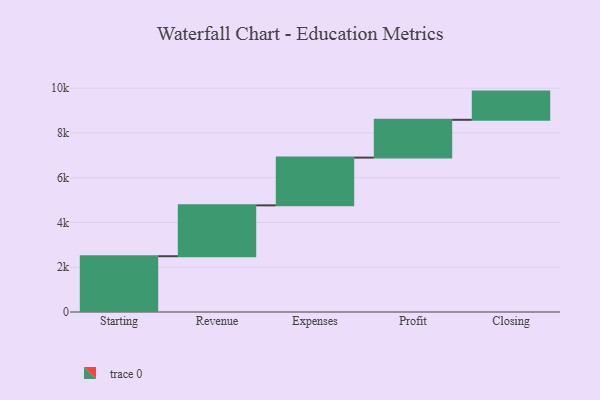
{"axis": {"x": "Step", "y": "Value"}, "legend": [""], "data": [{"x": "Starting", "y": 2491.0, "type": ""}, {"x": "Revenue", "y": 2272.0, "type": ""}, {"x": "Expenses", "y": 2132.0, "type": ""}, {"x": "Profit", "y": 1688.0, "type": ""}, {"x": "Closing", "y": 1260.0, "type": ""}]}